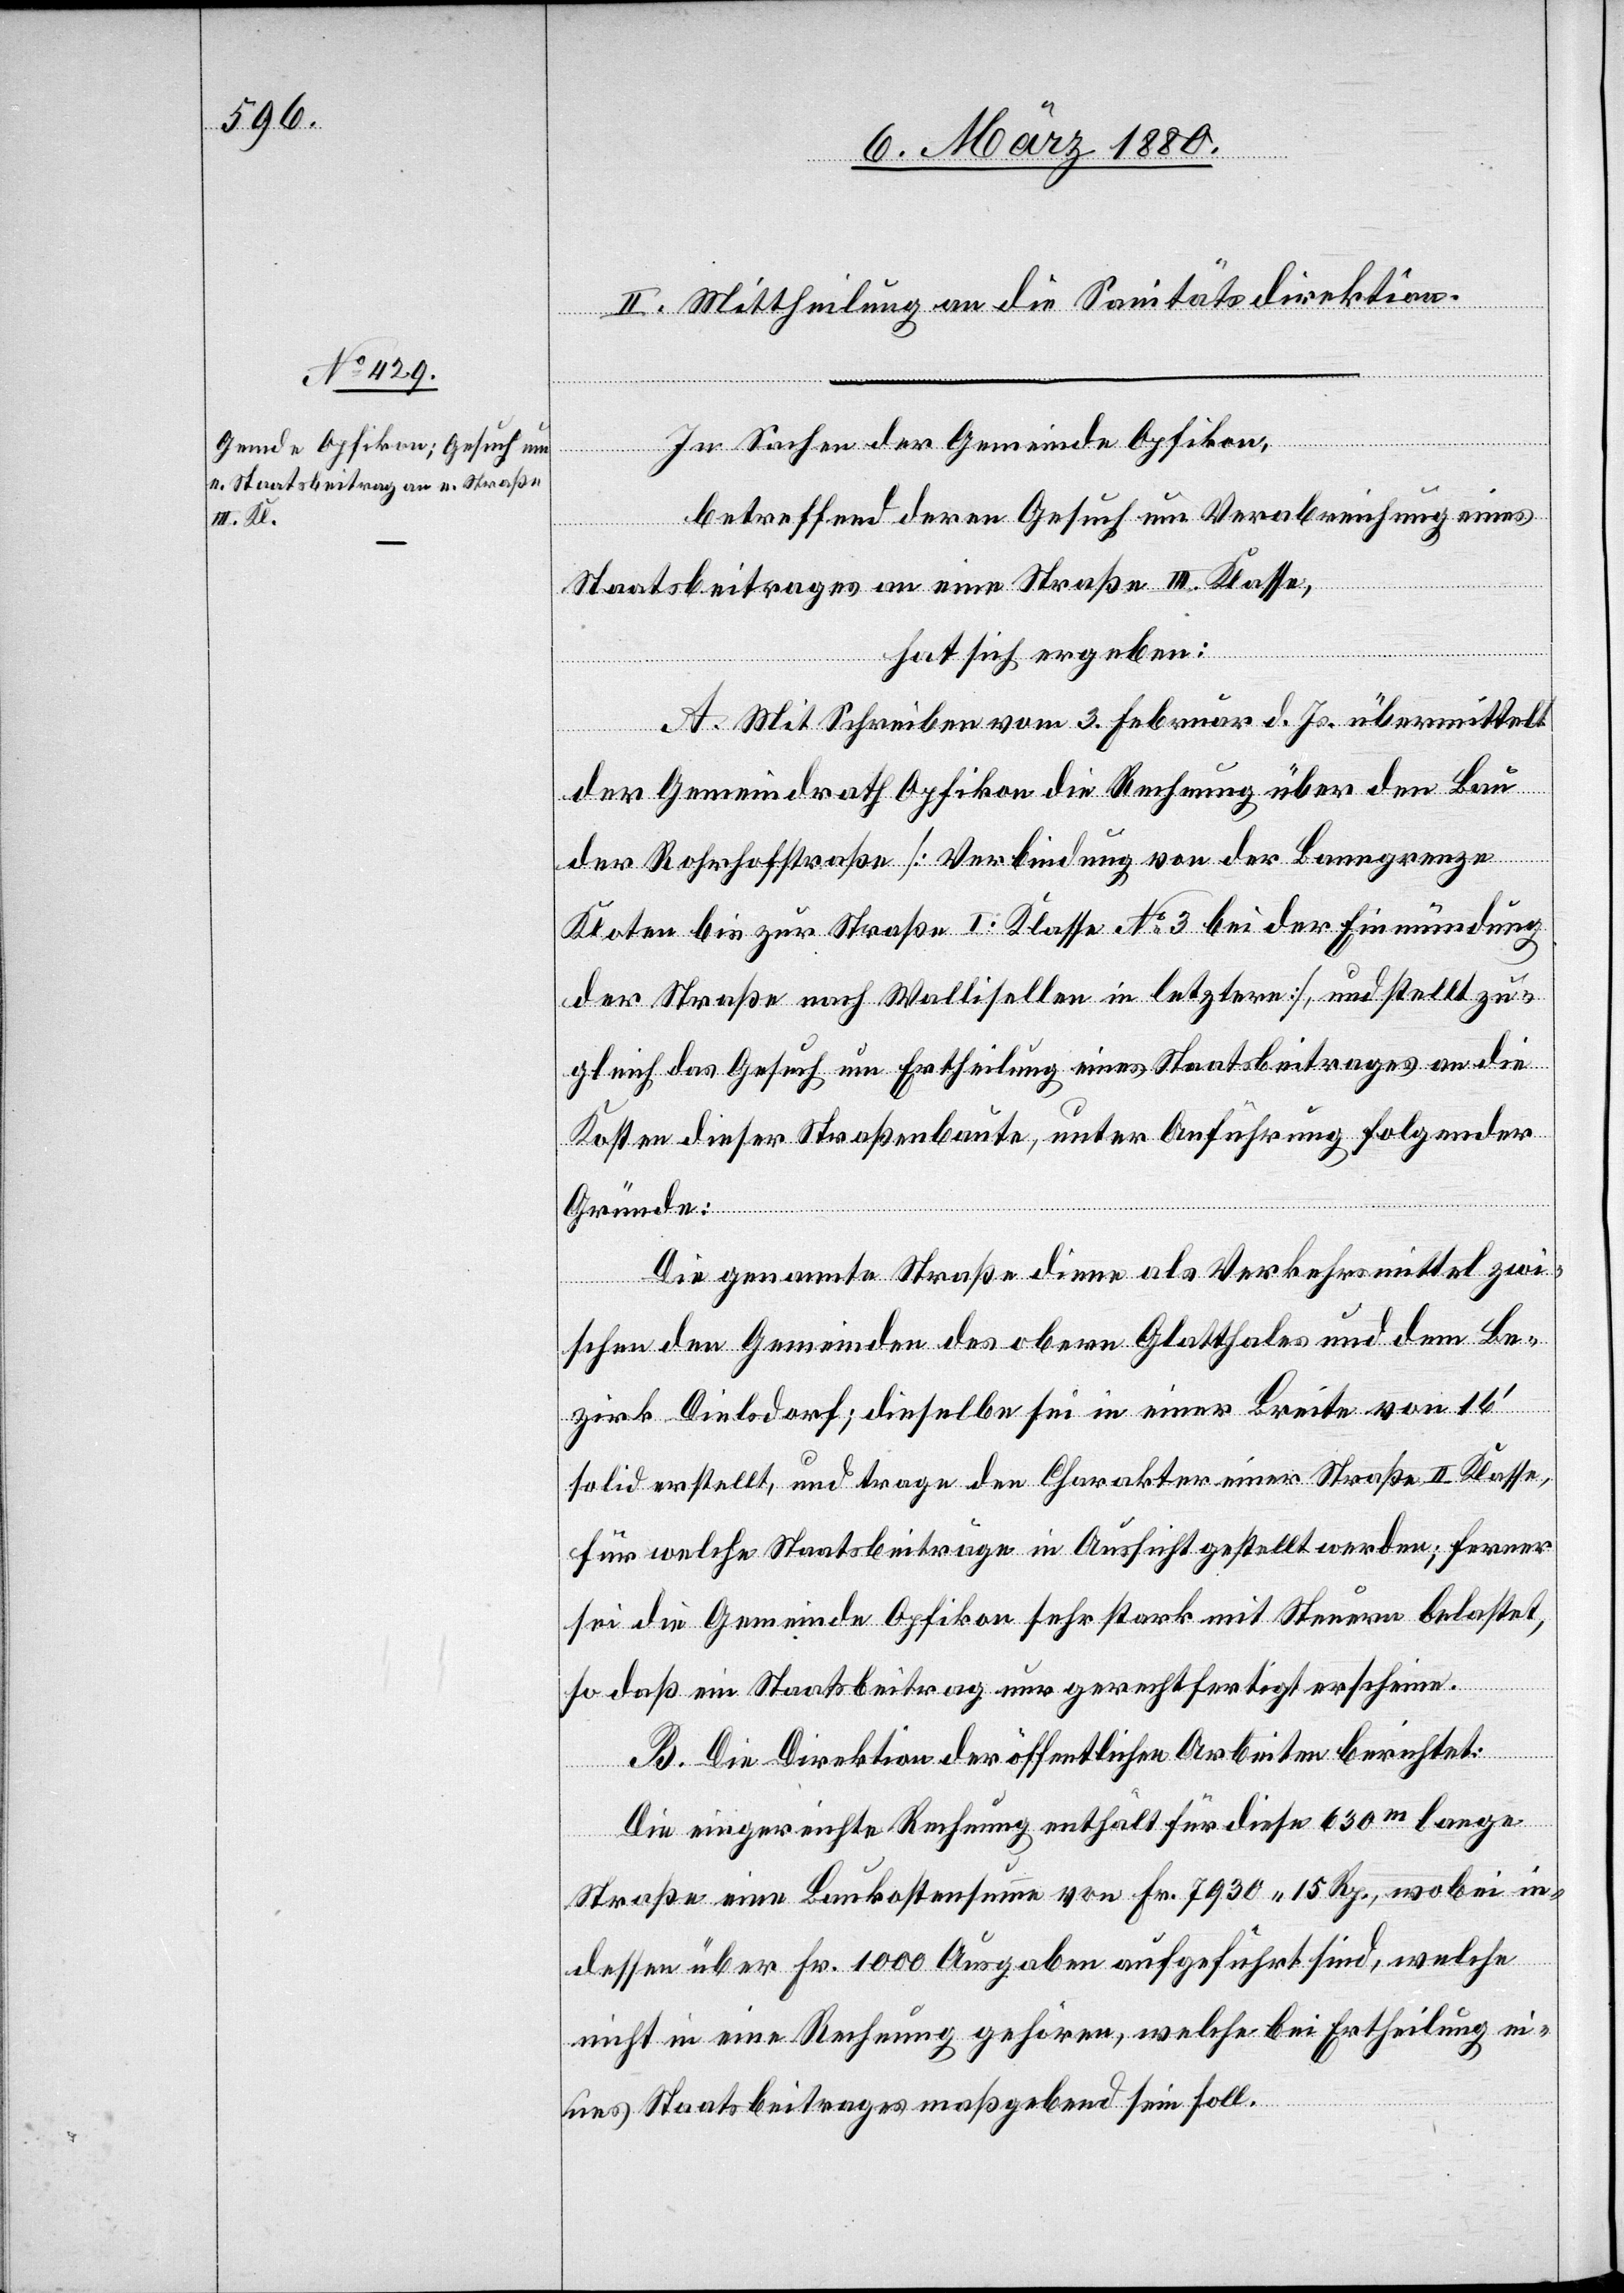
II. Mittheilung an die Sanitätsdirektion.
In Sachen der Gemeinde Opfikon,
betreffend deren Gesuch um Verabreichung eines
Staatsbeitrages an eine Straße III. Klasse,
hat sich ergeben:
A. Mit Schreiben vom 3. Februar d. Js. übermittelt
der Gemeindrath Opfikon die Rechnung über den Bau
der Rohrhofstraße [Verbindung von der Banngrenze
Kloten bis zur Straße I. Klasse No 3 bei der Einmündung
der Straße nach Wallisellen in letztere], und stellt zu¬
gleich das Gesuch um Ertheilung eines Staatsbeitrages an die
Kosten dieser Straßenbaute, unter Anführung folgender
Gründe:
Die genannte Straße diene als Verkehrsmittel zwi¬
schen den Gemeinden des obern Glatthales und dem Be¬
zirk Dielsdorf; dieselbe sei in einer Breite von 16‘
solid erstellt, und trage den Charakter einer Straße II Klasse,
für welche Staatsbeiträge in Aussicht gestellt werden; ferner
sei die Gemeinde Opfikon sehr stark mit Steuern belastet,
so daß ein Staatsbeitrag nur gerechtfertigt erscheine.
B. Die Direktion der öffentlichen Arbeiten berichtet:
Die eingereichte Rechnung enthält für diese 630m lange
Straße eine Baukostensumme von Fr. 7930 15 Rp., wobei in¬
dessen über Fr. 1000 Ausgaben aufgeführt sind, welche
nicht in eine Rechnung gehören, welche bei Ertheilung ei¬
nes Staatsbeitrages maßgebend sein soll.